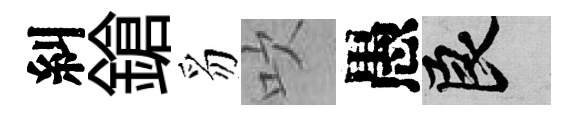
糾鎗豸吹愚良